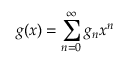
g ( x ) = \sum _ { n = 0 } ^ { \infty } g _ { n } x ^ { n }